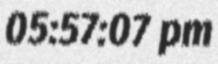
05:57:07 pm